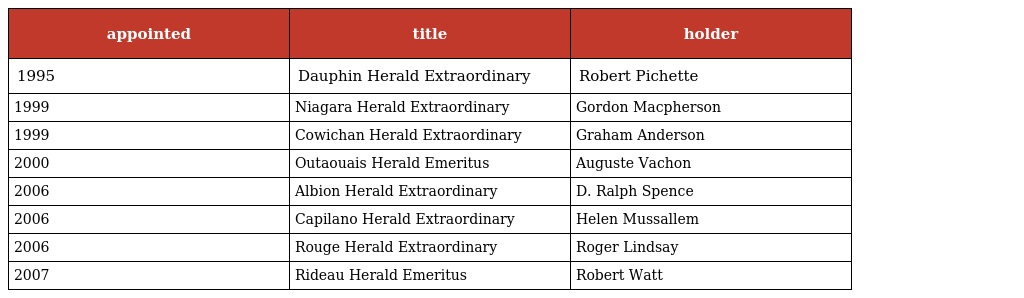
| appointed | title | holder |
 | --- | --- | --- |
 | 1995 | Dauphin Herald Extraordinary | Robert Pichette |
 | 1999 | Niagara Herald Extraordinary | Gordon Macpherson |
 | 1999 | Cowichan Herald Extraordinary | Graham Anderson |
 | 2000 | Outaouais Herald Emeritus | Auguste Vachon |
 | 2006 | Albion Herald Extraordinary | D. Ralph Spence |
 | 2006 | Capilano Herald Extraordinary | Helen Mussallem |
 | 2006 | Rouge Herald Extraordinary | Roger Lindsay |
 | 2007 | Rideau Herald Emeritus | Robert Watt |